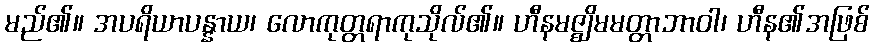
မည်၏။ အပရိယာပန္နာယ၊ လောကုတ္တရာကုသိုလ်၏။ ဟီနမဇ္ဈိမမတ္တာဘာဝါ၊ ဟီန၏အဖြစ်